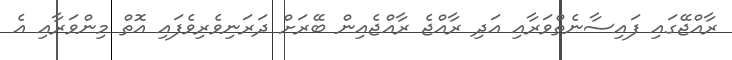
ރާއްޖޭގައި ފައިސާނެތްވަރާއި އަދި ރާއްޖެ ރާއްޖެއިން ބޭރަށް ދަރަނިވެރިވެފައި އޮތް މިންވަރާއި އެ